65_HS1-834228961_62-HQ-83894_Section_10
Agency: FBI
Page 136
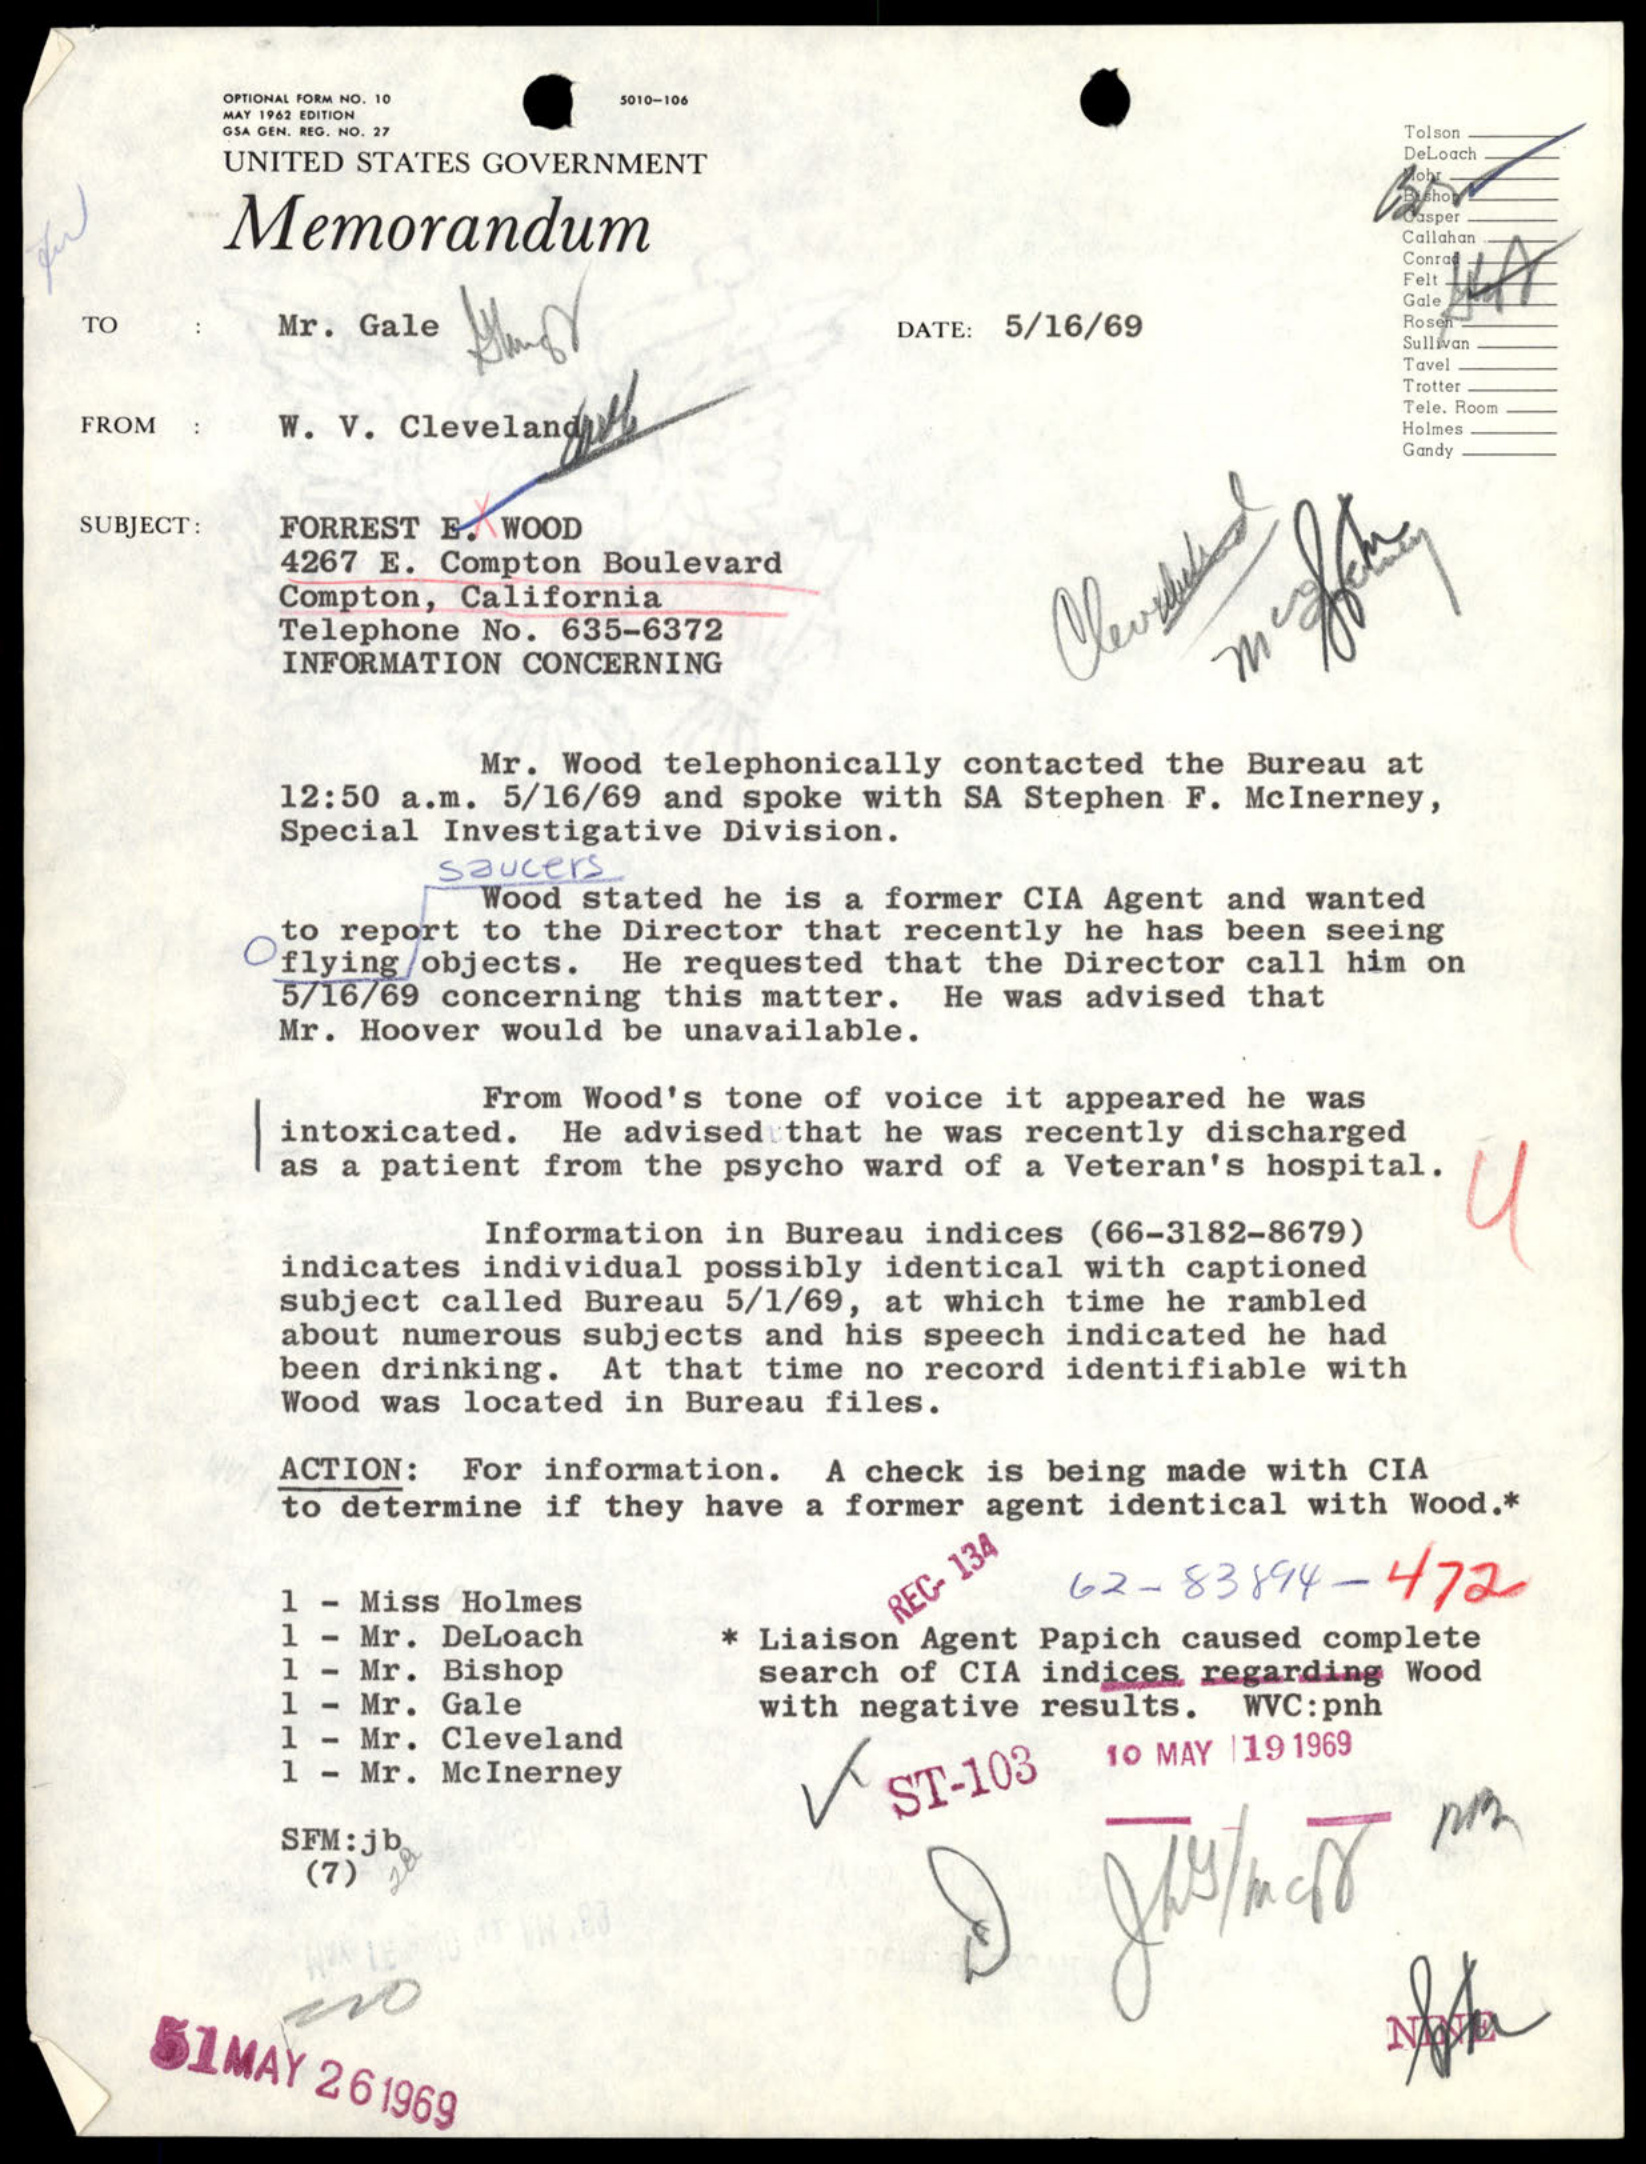